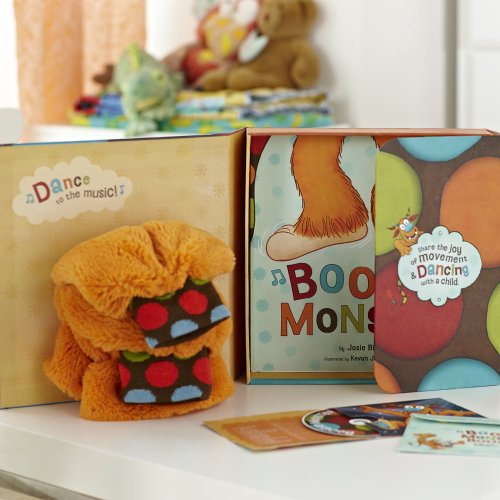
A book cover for Boogie Monster Dance Kit; Josie Bissett; Children's Books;